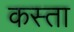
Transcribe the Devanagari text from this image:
कस्ता